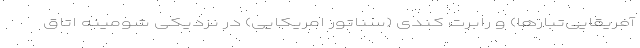
آفریقایی‌تبارها) و رابرت کندی (سناتور امریکایی) در نزدیکی شومینه اتاق